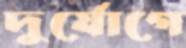
দুর্যোগে